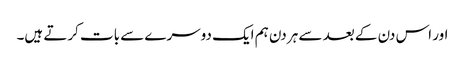
اور اس دن کے بعد سے ہر دن ہم ایک دوسرے سے بات کرتے ہیں۔